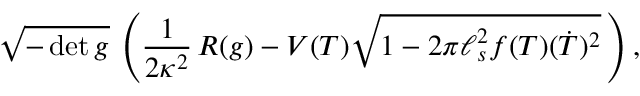
\sqrt { - \operatorname * { d e t } g } \, \left( { \frac { 1 } { 2 \kappa ^ { 2 } } } \, R ( g ) - V ( T ) \sqrt { 1 - 2 \pi \ell _ { s } ^ { 2 } f ( T ) ( \dot { T } ) ^ { 2 } } \, \right) ,